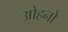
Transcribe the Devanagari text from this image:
ओहनो